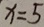
x = 5